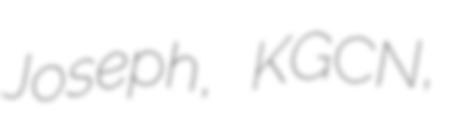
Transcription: Joseph, KGCN,